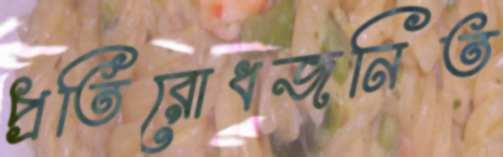
প্রতিরোধজনিত